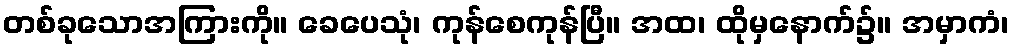
တစ်ခုသောအကြားကို။ ခေပေသုံ၊ ကုန်စေကုန်ပြီ။ အထ၊ ထိုမှနောက်၌။ အမှာကံ၊